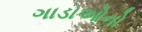
ગાડાઓનો